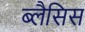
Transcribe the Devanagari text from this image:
ब्लैसिस